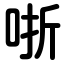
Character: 哳